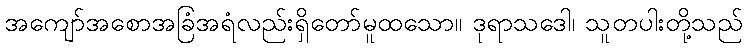
အကျော်အစောအခြံအရံလည်းရှိတော်မူထသော။ ဒုရာသဒေါ၊ သူတပါးတို့သည်